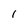
Character: l